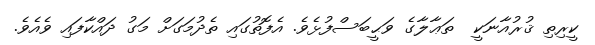
ކީރިތި ޤުރުއާނަކީ  ތަޢާލާގެ ވަޙީބަސްފުޅެވެ. އެފޮތުގައި ތެދުމަގަށް މަގު ދައްކާފައި ވެއެވެ.